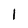
Character: 1